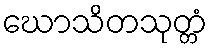
ဃောသိတသုတ္တံ